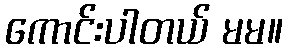
ကောင်းပါတယ် မမ။